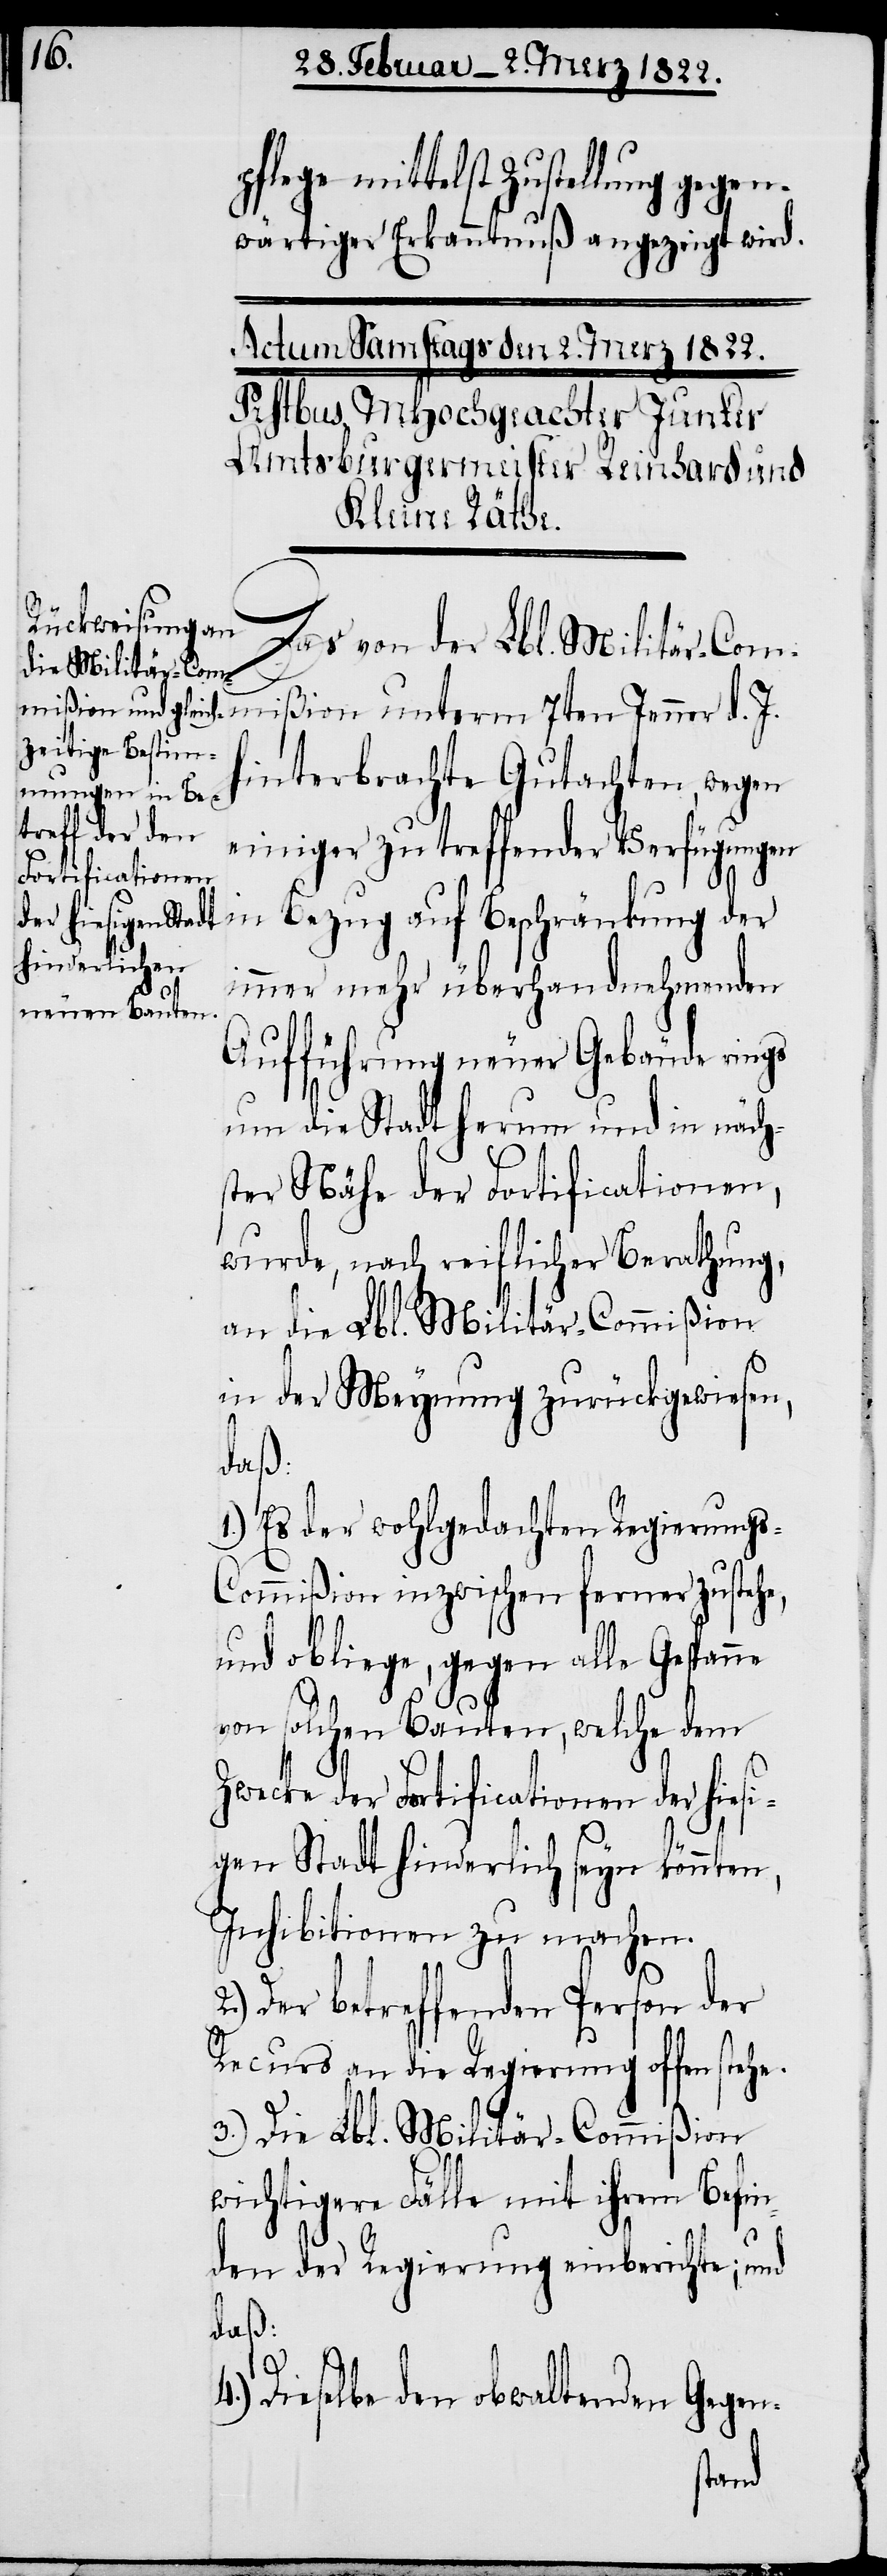
pflege mittelst Zustellung gegen¬
wärtiger Erkanntnuß angezeigt wird.
Das von der Lbl. Militär-Comm¬
hinterbrachte Gutachten, wegen
einiger zu treffender Verfügungen
in Bezug auf Beschränkung der
immer mehr überhandnehmender
Aufführung neuer Gebäude rings
um die Stadt herum und in näch¬
ster Nähe der Fortificationen,
wurde, nach reiflicher Berathung,
an die Lbl. Militär-Commißion
in der Meynung zurückgewiesen,
daß :
1.) Es der wohlgedachten Regierung¬
s-Commißion inzwischen ferner zustehe,
und obliege, gegen alle Gespanne
J.
von solchen Bauten, welche dem
Zwecke der Fortificationen der hiesi¬
gen Stadt hinderlich seyn könnten,
Inhibitionen zu machen.
Der betreffenden Person der
Recurs an die Regierung offen stehe.
3.) Die Lbl. Militär-Commißion
wichtigere Fälle mit ihrem Befin¬
den der Regierung einberichte; und
daß:
d.
4.) Dieselbe den obwaltenden Gegen-